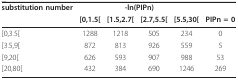
<table><thead><tr><td><b>substitution number</b></td><td colspan="4"><b>-ln(PIPn)</b></td><td></td></tr><tr><td></td><td><b>[0,1.5[</b></td><td><b>[1.5,2.7[</b></td><td><b>[2.7,5.5[</b></td><td><b>[5.5,30[</b></td><td><b>PIPn = 0</b></td></tr></thead><tbody><tr><td>[0,3.5[</td><td>1288</td><td>1218</td><td>505</td><td>234</td><td>0</td></tr><tr><td>[3.5,9[</td><td>872</td><td>813</td><td>926</td><td>559</td><td>5</td></tr><tr><td>[9,20[</td><td>626</td><td>593</td><td>907</td><td>988</td><td>53</td></tr><tr><td>[20,80[</td><td>432</td><td>384</td><td>690</td><td>1246</td><td>269</td></tr></tbody></table>